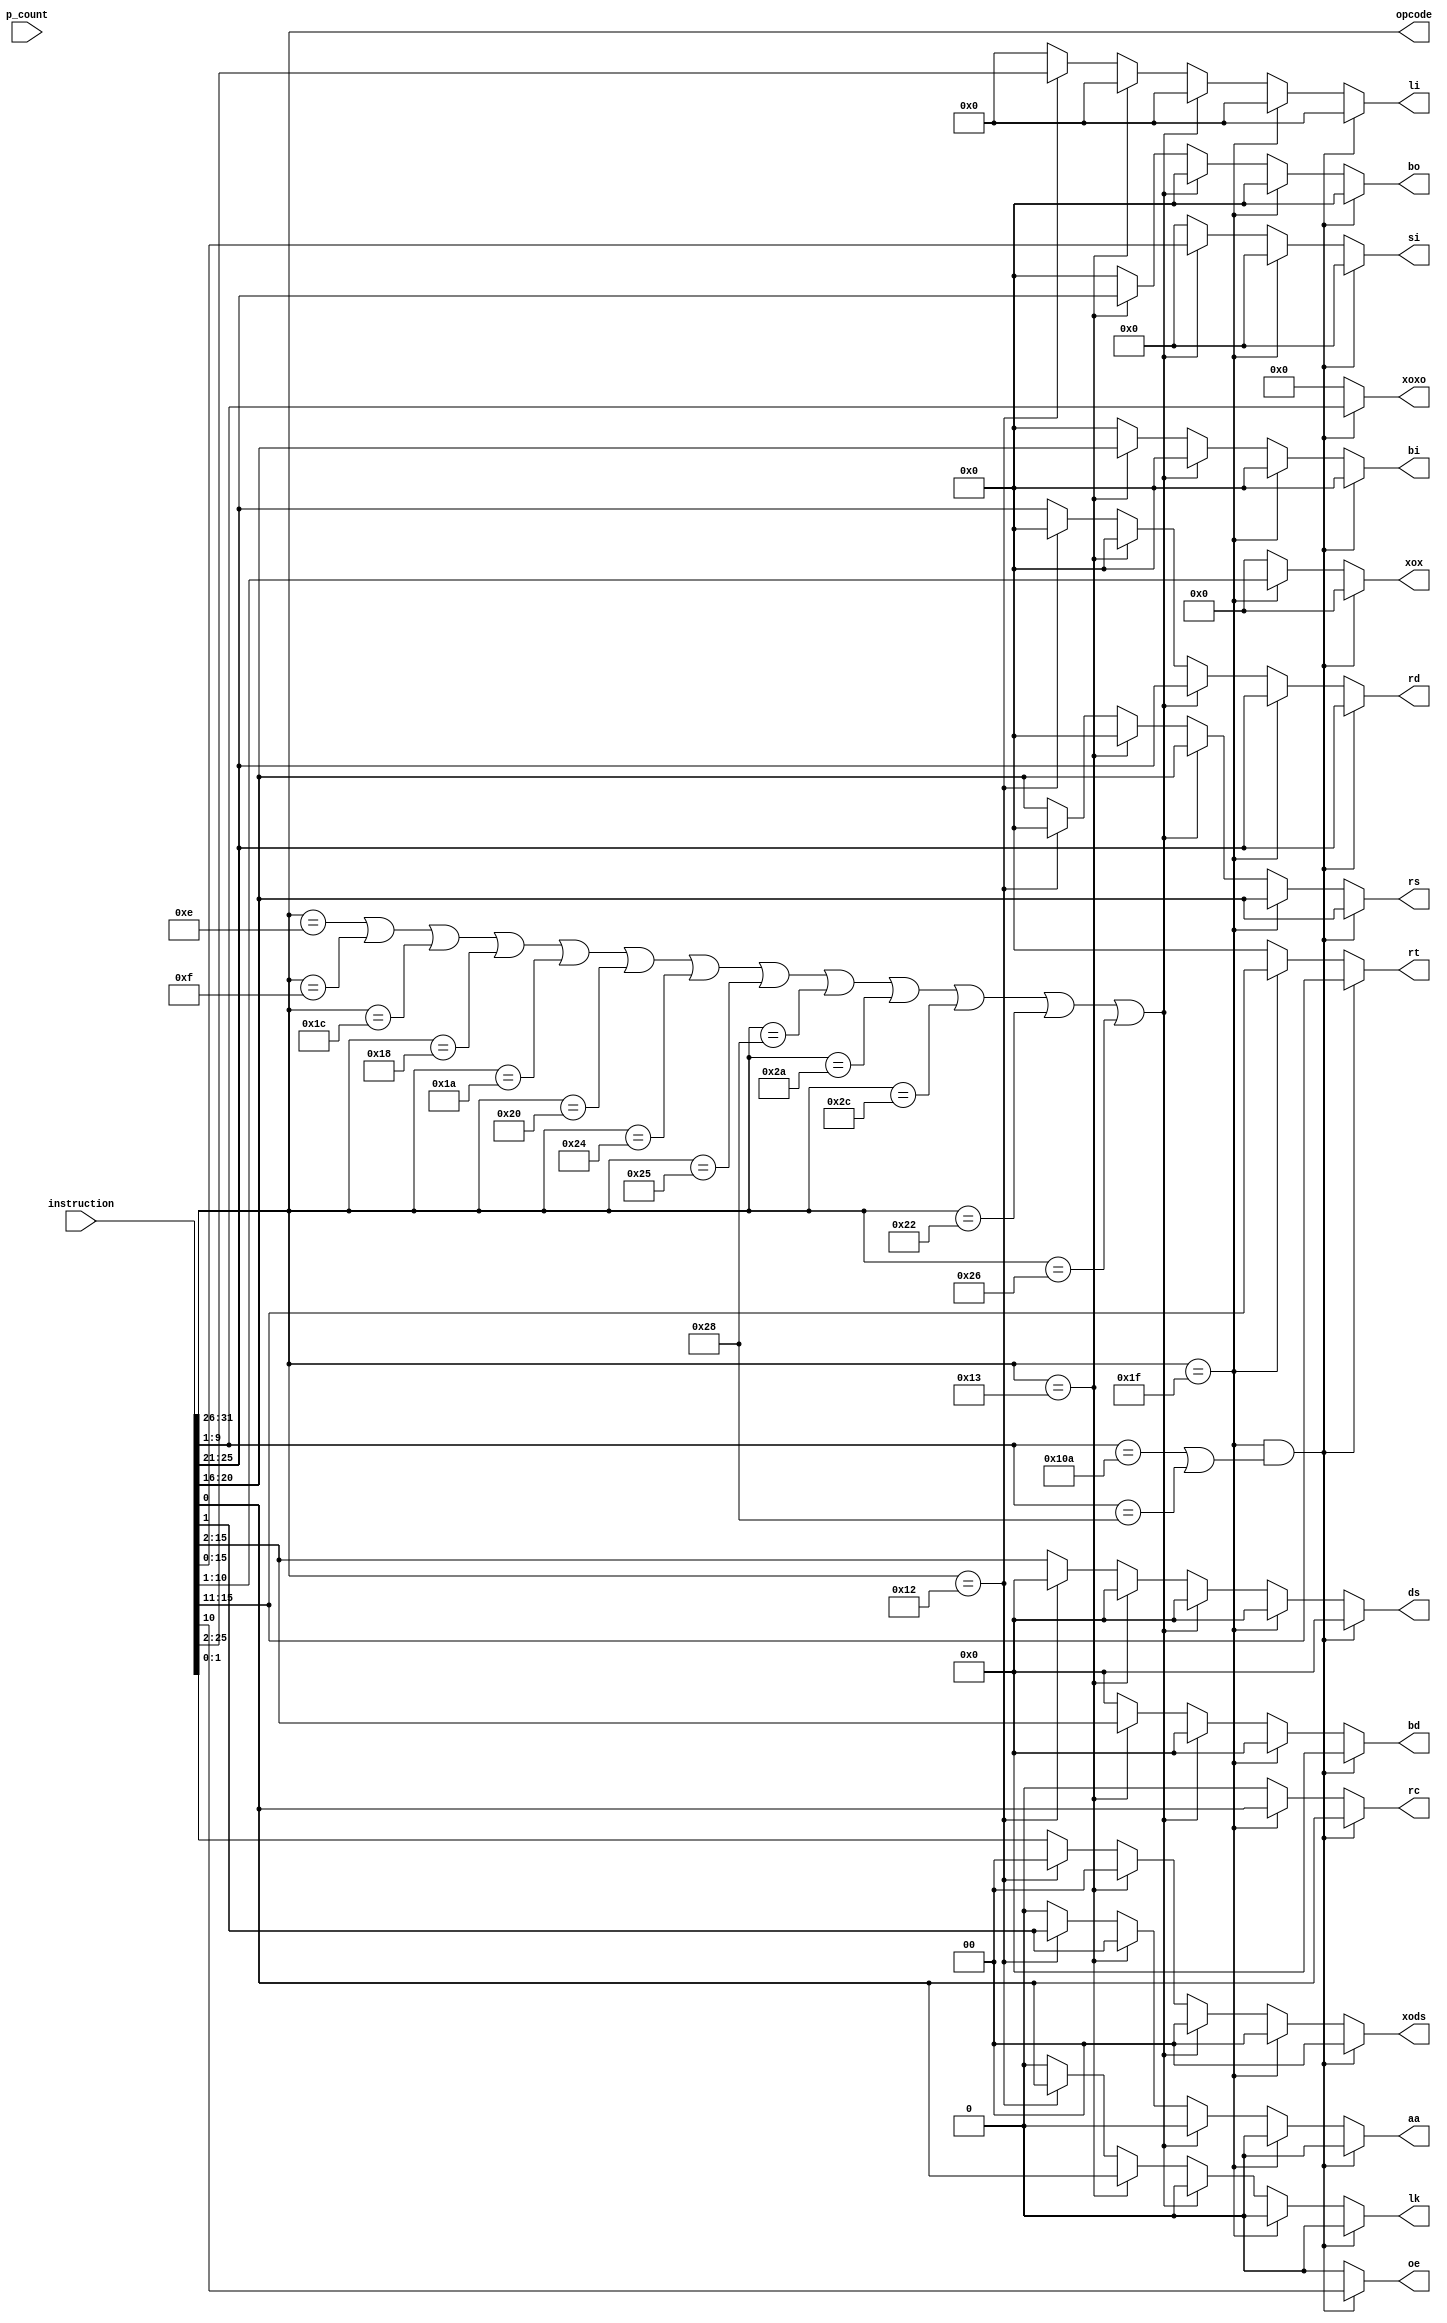
module ins_parse(
    output wire [5:0] opcode, 
    output reg [4:0] rs, rt, rd, bo, bi, 
    output reg aa, lk, rc, oe,
    output reg [9:0] xox,
    output reg [8:0] xoxo, 
    output reg [15:0] si, 
    output reg [13:0] bd, ds,
    output reg [1:0] xods, 
    output reg [23:0] li,
    input [31:0] instruction, p_count
);

    assign opcode = instruction[31:26];

    always @(instruction) 
    begin
        rs = 5'b00000;
        rt = 5'b00000;
        rd = 5'b00000;
        bo = 5'b00000;
        bi = 5'b00000;
        aa = 1'b0;
        lk = 1'b0;
        rc = 1'b0;
        oe = 1'b0;
        xox = 10'b0000000000;
        xoxo = 9'b000000000;
        si = 16'b0000000000000000;
        bd = 14'b00000000000000;
        ds = 14'b00000000000000;
        xods = 2'b00;
        li = 24'b000000000000000000000000;
        //XO
        if(opcode == 6'd31 & (instruction[9:1] == 9'd266 | instruction[9:1] == 9'd40))
        begin
            // $display("HI\\\\\\\\\\\\\\\\\\\\\\\\\\\\\\\\n");
            rd = instruction[25:21];
            rs = instruction[20:16];
            rt = instruction[15:11];
            oe = instruction[10];
            xoxo = instruction[9:1];
            rc = instruction[0];
        end

        //X
        else if(opcode == 6'd31)
        begin
            rd = instruction[25:21];
            rs = instruction[20:16];
            rt = instruction[15:11];
            xox = instruction[10:1];
            rc = instruction[0];
        end

        //D
        else if(opcode == 6'd14 | opcode == 6'd15 | opcode == 6'd28 | opcode == 6'd24 | opcode == 6'd26 | opcode == 6'd32 | opcode == 6'd36 | opcode == 6'd37 |opcode == 6'd40 | opcode == 6'd42 |opcode == 6'd44 |opcode == 6'd34 |opcode == 6'd38)
        begin
            rd = instruction[25:21];
            rs = instruction[20:16];   
            si = instruction[15:0];
            // $display("RD : %5b\\\\\\\\\\\\\\\\\\\\\\\\\\\\\\\\n, RS : %5b\\\\\\\\\\\\\\\\\\\\\\\\\\\\\\\\n", rd, rs);
        end

        //B
        else if(opcode == 6'd19)
        begin
            bo = instruction[25:21];
            bi = instruction[20:16];
            bd = instruction[15:2];
            aa = instruction[1];
            lk = instruction[0];
        end

        //I
        else if(opcode == 6'd18)
        begin
            li = instruction[25:2];
            aa = instruction[1];
            lk = instruction[0];
        end

        //DS
        else
        begin
            rd = instruction[25:21];
            rs = instruction[20:16];
            ds = instruction[15:2];
            xods = instruction[1:0];
        end
    end
endmodule